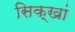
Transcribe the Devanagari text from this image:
सिक्खां